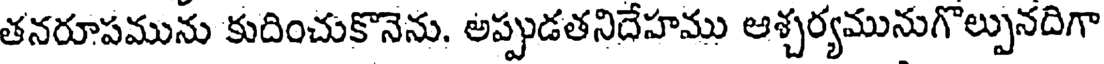
తనరూపమును కుదించుకొనెను. అప్పుడతనిదేహము ఆశ్చర్యమునుగొల్పునదిగా